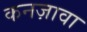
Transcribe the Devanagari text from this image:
कनज़ावा